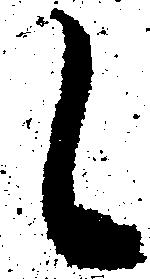
候